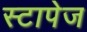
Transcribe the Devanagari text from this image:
स्टापेज